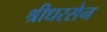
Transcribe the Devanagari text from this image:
श्रीधरसेन